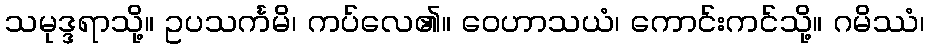
သမုဒ္ဒရာသို့။ ဥပသင်္ကမိ၊ ကပ်လေ၏။ ဝေဟာသယံ၊ ကောင်းကင်သို့။ ဂမိဿံ၊